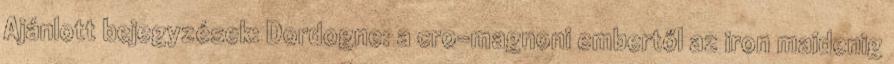
Ajánlott bejegyzések: Dordogne: a cro-magnoni embertől az iron maidenig